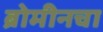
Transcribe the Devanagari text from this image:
ब्रोमीनचा